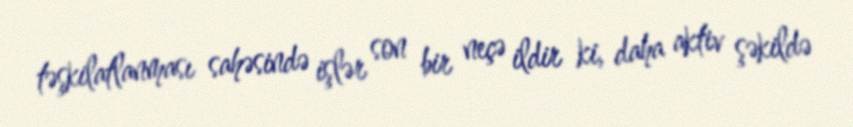
təşkilatlanması sahəsində işlər son bir neçə ildir ki, daha aktiv şəkildə